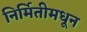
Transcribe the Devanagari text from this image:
निर्मितीमधून